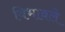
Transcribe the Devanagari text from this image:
विभावले